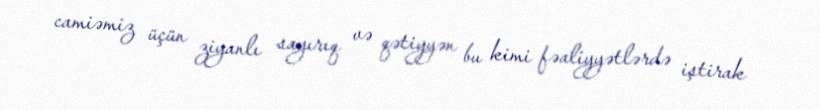
camiəmiz üçün ziyanlı sayırıq və qətiyyən bu kimi fəaliyyətlərdə iştirak